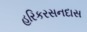
હરિકરસનદાસ